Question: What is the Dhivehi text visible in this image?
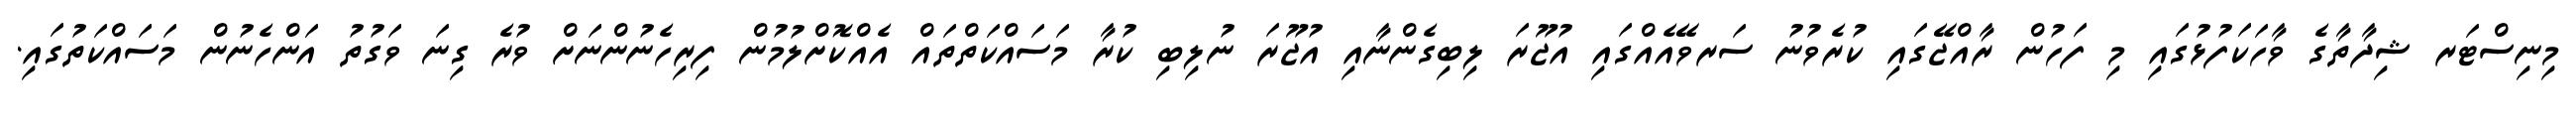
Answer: މިނިސްޓަރ ޝިދާތާގެ ވާހަކަފުޅުގައި މި ފަހުން ރާއްޖޭގައި ކުރެވުނު ސަރވޭއެއްގައި އުޖޫރަ ލިބިގެންނާއި އުޖޫރަ ނުލިބި ކުރާ މަސައްކަތްތައް އެއްކޮށްލުމުން ފިރިހެނުންނަށް ވުރެ ގިނަ ވަގުތު އަންހެނުން މަސައްކަތުގައި.